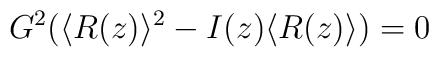
G^2(\langle R(z) \rangle^2 - I(z)\langle R(z) \rangle )=0